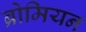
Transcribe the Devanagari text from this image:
ब्रोमियन